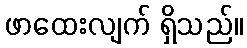
ဖာထေးလျက် ရှိသည်။